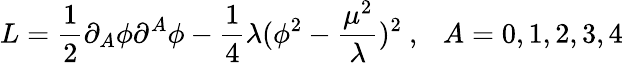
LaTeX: L=\frac{1}{2}\partial_{A}\phi\partial^{A}\phi-\frac{1}{4}\lambda(\phi^{2}-\frac{\mu^{2}}{\lambda})^{2}~,~~~A=0,1,2,3,4